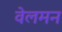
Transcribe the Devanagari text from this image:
वेलमन